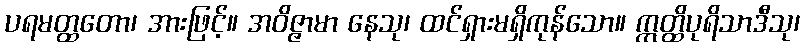
ပရမတ္ထတော၊ အားဖြင့်။ အဝိဇ္ဇာမာ နေသု၊ ထင်ရှားမရှိကုန်သော။ ဣတ္ထိပုရိသာဒီသု၊